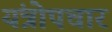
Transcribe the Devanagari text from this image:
यंत्रोपचार